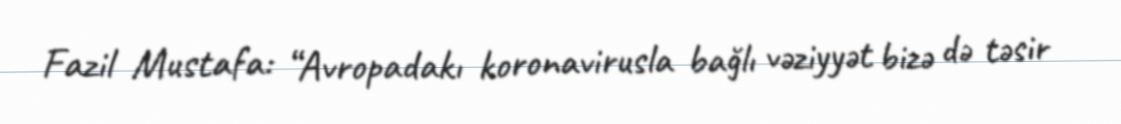
Fazil Mustafa: “Avropadakı koronavirusla bağlı vəziyyət bizə də təsir